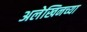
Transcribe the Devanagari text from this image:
अलेखिनच्या